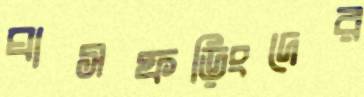
ঘাসফড়িংদের